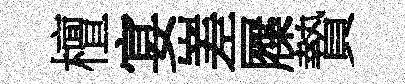
檀宴嵳屧贄